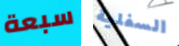
سبعة السفلية